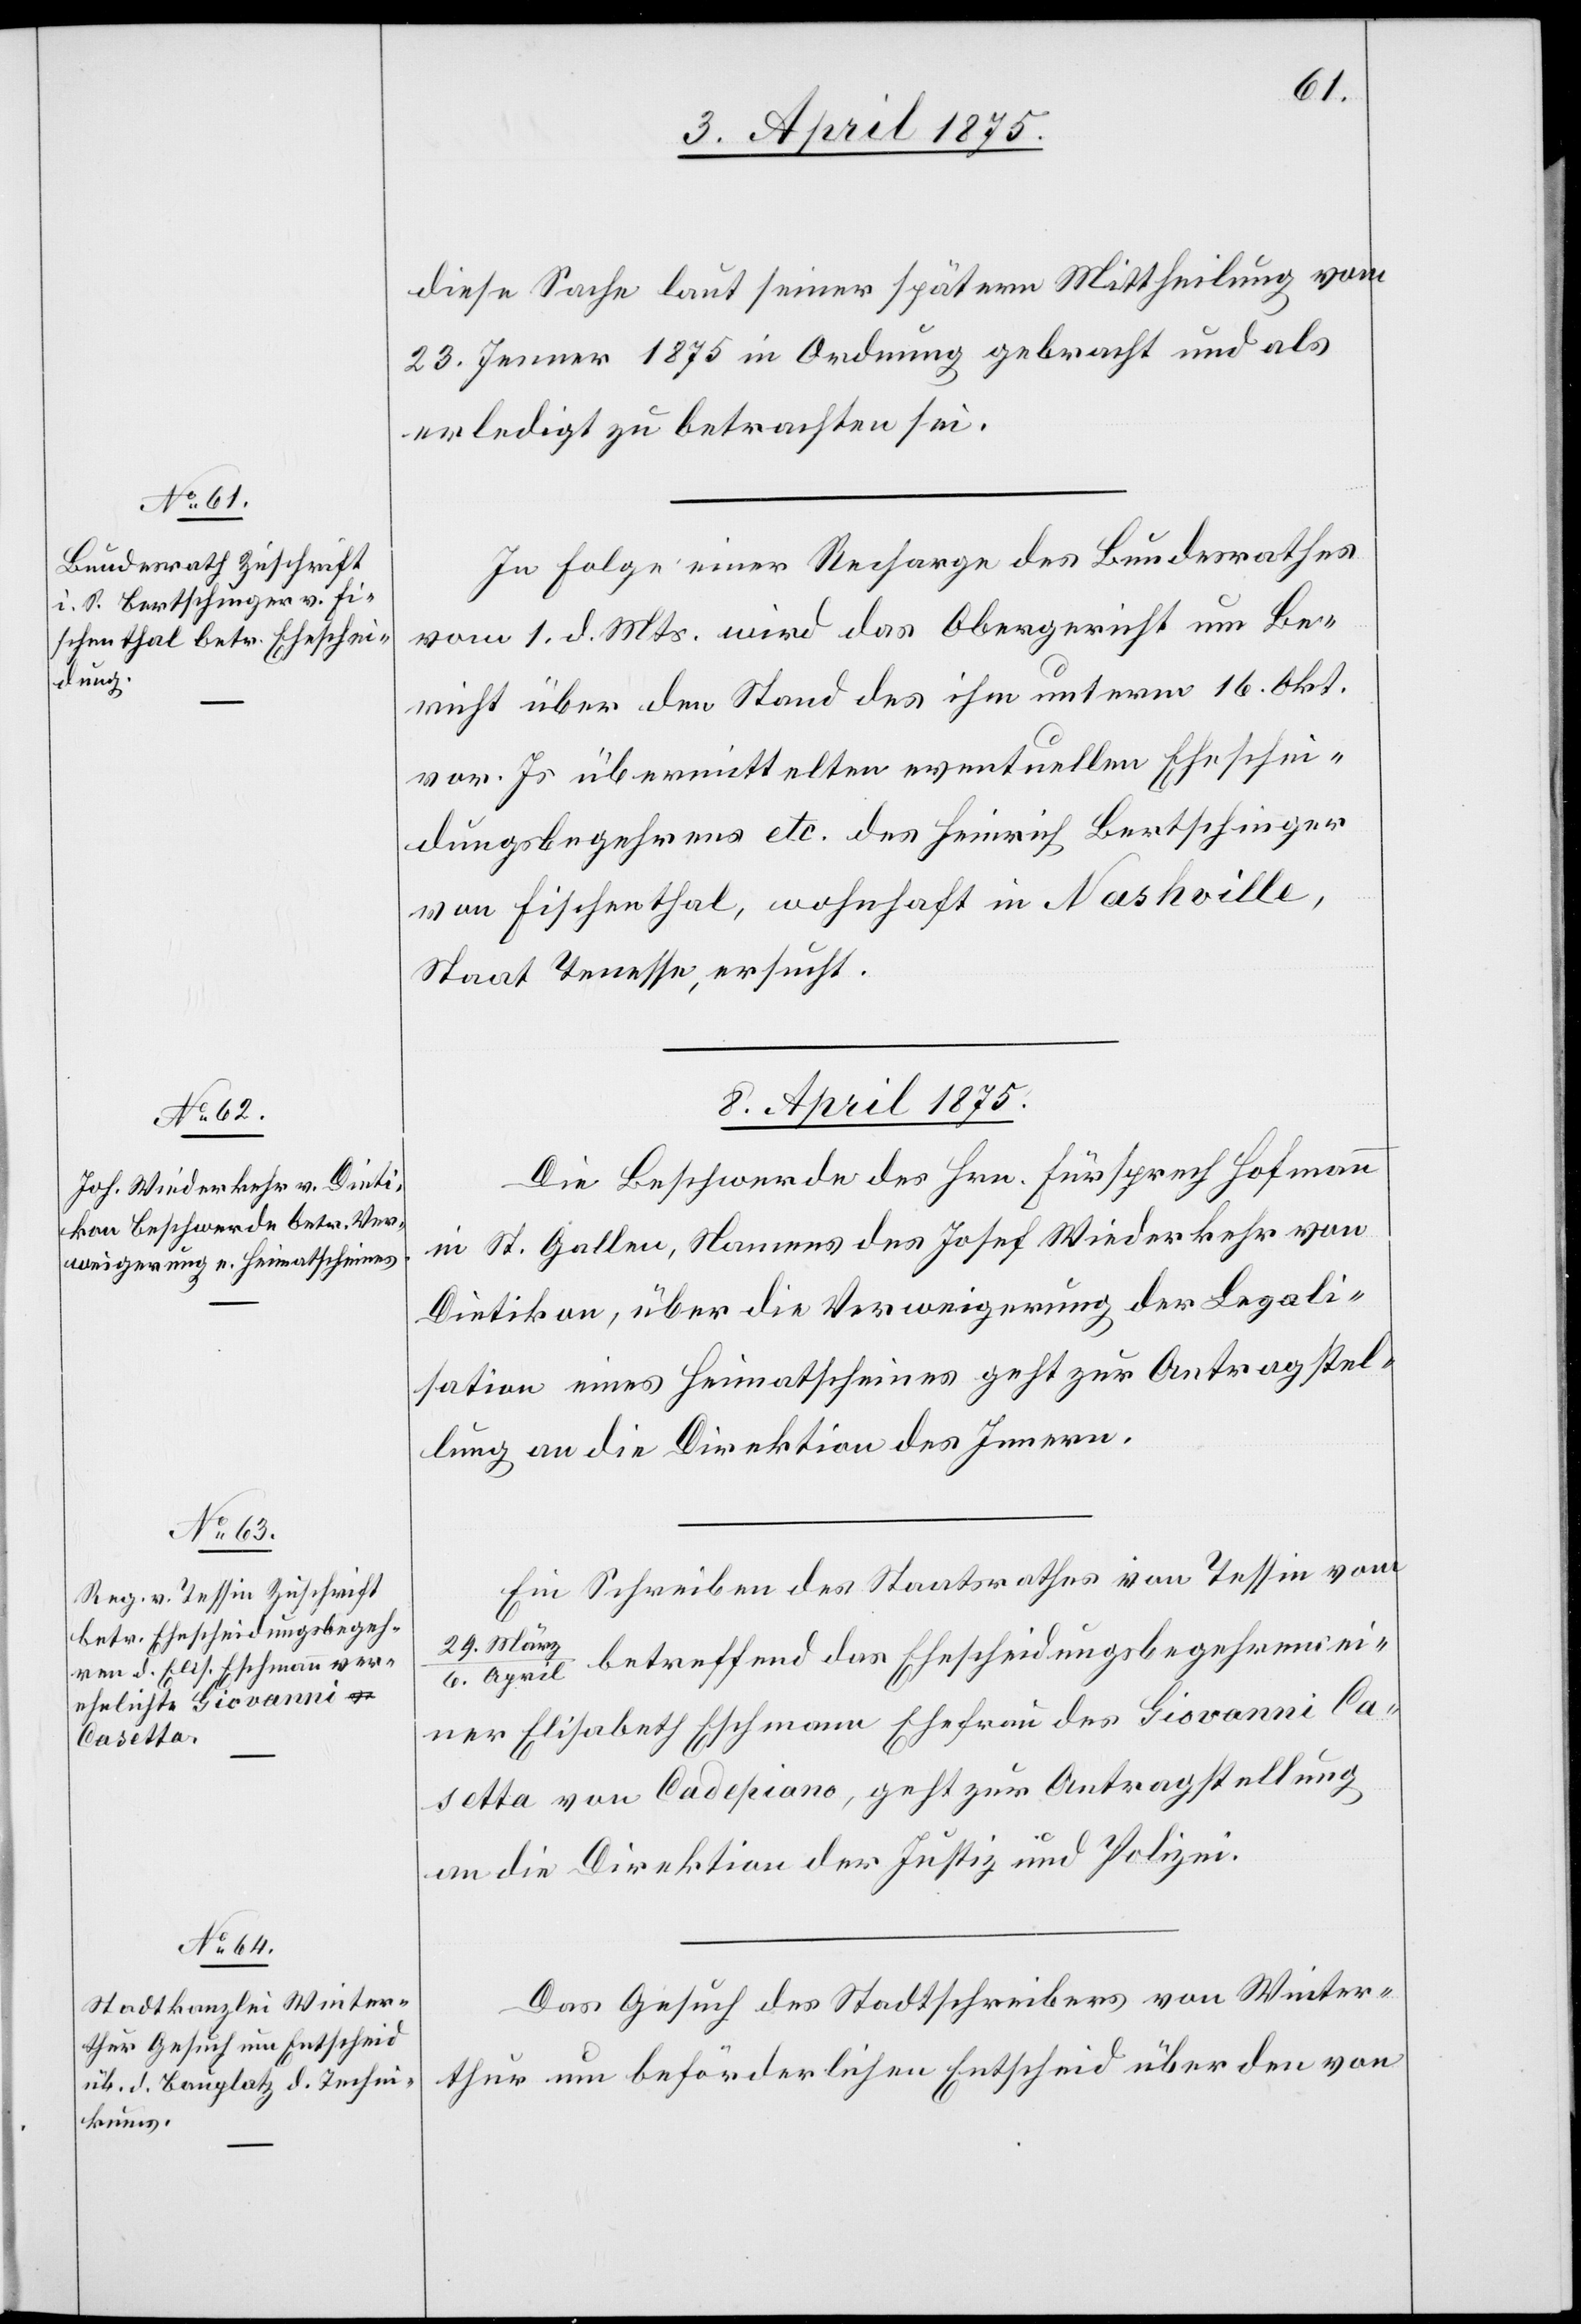
diese Sache laut seiner spätern Mittheilung vom
23. Jenner 1875 in Ordnung gebracht und als
erledigt zu betrachten sei.
In Folge einer Recharge des Bundesrathes
vom 1. d. Mts. wird das Obergericht um Be¬
richt über den Stand des ihm unterm 16. Okt.
vor. Js. übermittelten eventuellen Eheschei¬
dungsbegehrens etc. das Heinrich Bertschinger
von Fischenthal, wohnhaft in Nashville,
Staat Tenesse, ersucht.
8. April 1875.]
Die Beschwerde des Hrn. Fürsprech Hofmann
in St. Gallen, Namens des Josef Wiederkehr von
Dietikon, über die Verweigerung der Legali¬
sation eines Heimatscheines geht zur Antragstel¬
lung an die Direktion des Innern.
Ein Schreiben des Staatsrathes von Tessin vom
29. Mär¬
z/6. April betreffend das Ehescheidungsbegehren ei¬
ner Elisabeth Eschmann Ehefrau des Giovanni Ca¬
setta von Cadepiano, geht zur Antragstellung
an die Direktion der Justiz und Polizei.
Das Gesuch des Stadtschreibers von Winter¬
thur um beförderlichen Entscheid über den von